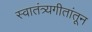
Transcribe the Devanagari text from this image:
स्वातंत्र्यगीतांतून